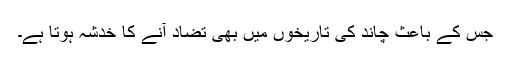
جس کے باعث چاند کی تاریخوں میں بھی تضاد آنے کا خدشہ ہوتا ہے۔